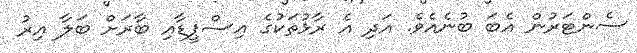
ސެންޓަރުން އެބަ ބުނެއެވެ. އަދި އެ ރާޅުތަކުގެ އިސްޕީޑާއި ބާރަށް ބަލާ އިރު